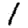
Digit: 1